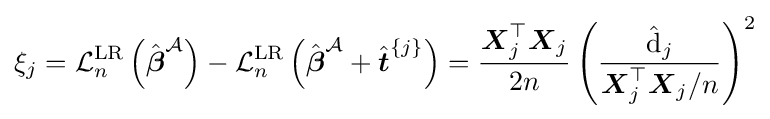
\xi _{j}={\mathcal {L}}_{n}^{\text{LR}}\left({\hat {\boldsymbol {\beta }}}^{\mathcal {A}}\right)-{\mathcal {L}}_{n}^{\text{LR}}\left({\hat {\boldsymbol {\beta }}}^{\mathcal {A}}+{\hat {\boldsymbol {t}}}^{\{j\}}\right)={\frac {{\boldsymbol {X}}_{j}^{\top }{\boldsymbol {X}}_{j}}{2n}}\left({\frac {{\hat {\mathrm {d} }}_{j}}{{\boldsymbol {X}}_{j}^{\top }{\boldsymbol {X}}_{j}/n}}\right)^{2}